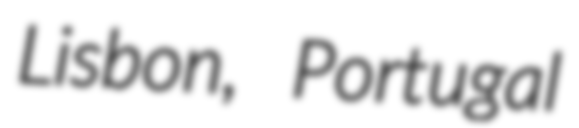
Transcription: Lisbon, Portugal